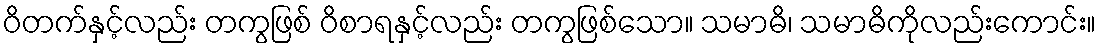
ဝိတက်နှင့်လည်း တကွဖြစ် ဝိစာရနှင့်လည်း တကွဖြစ်သော။ သမာဓိ၊ သမာဓိကိုလည်းကောင်း။